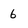
Character: 6